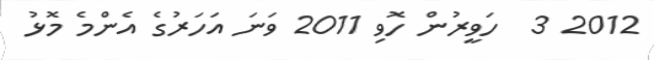
2012 3  ހަވީރުން ހޮވި 2011 ވަނަ އަހަރުގެ އެންމެ މޮޅު